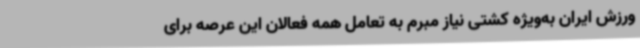
ورزش ایران به‌ویژه کشتی نیاز مبرم به تعامل همه فعالان این عرصه برای